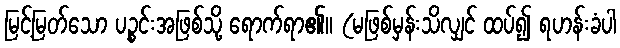
မြင့်မြတ်သော ပဉ္စင်းအဖြစ်သို့ ရောက်ရာ၏။ (မဖြစ်မှန်းသိလျှင် ထပ်၍ ရဟန်းခံပါ